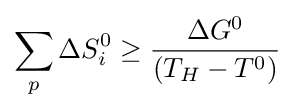
\sum _{p}^{}{\Delta S_{i}^{0}}\geq {\frac {\Delta G^{0}}{(T_{H}-T^{0})}}